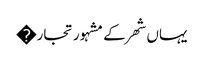
یہاں شھر کے مشہور تجار�